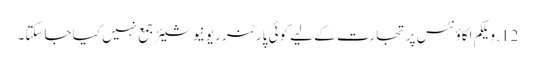
12. ویلکم اکاؤنٹس پر تجارت کے لیے کوئی پارٹنر ریونیو شیئر جمع نہیں کیا جاسکتا۔